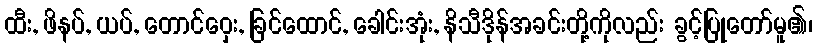
ထီး, ဖိနပ်, ယပ်, တောင်ဝှေး, ခြင်ထောင်, ခေါင်းအုံး, နိသီဒိုန်အခင်းတို့ကိုလည်း ခွင့်ပြုတော်မူ၏၊